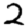
Digit: 2